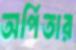
অর্পিতার